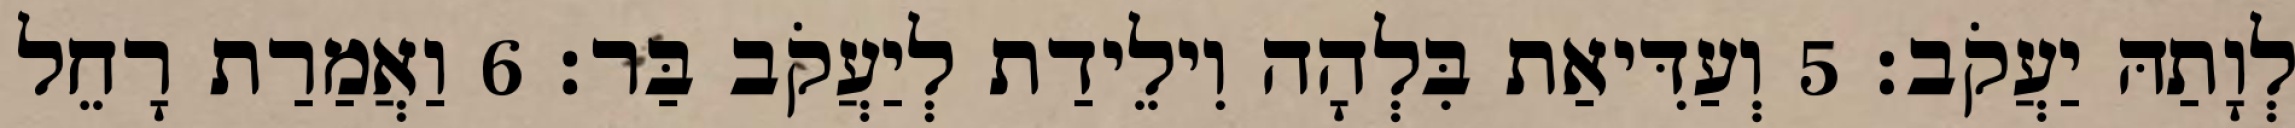
לְוָתַהּ יַעֲקֹב׃ 5 וְעַדִּיאַת בִּלְהָה וִילֵידַת לְיַעֲקֹב בַּר׃ 6 וַאֲמַרַת רָחֵל